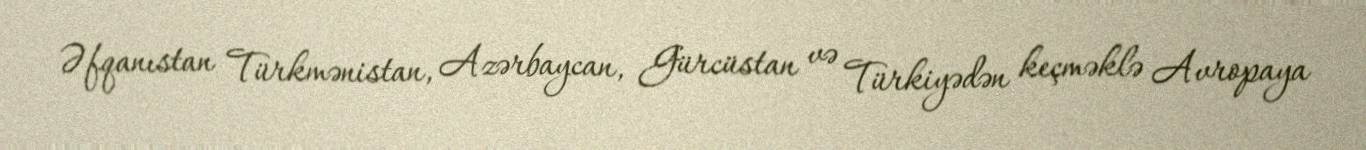
Əfqanıstan Türkmənistan, Azərbaycan, Gürcüstan və Türkiyədən keçməklə Avropaya